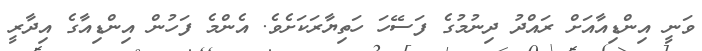
ވަނީ އިންޑިއާއަށް ރައްދު ދިނުމުގެ ފަސޭހަ ހަތިޔާރަކަށެވެ. އެންމެ ފަހުން އިންޑިއާގެ އިދާރީ